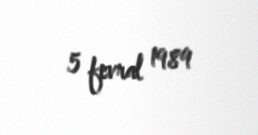
5 fevral 1989